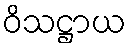
ဝိသဋ္ဌာယ